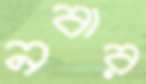
নবার